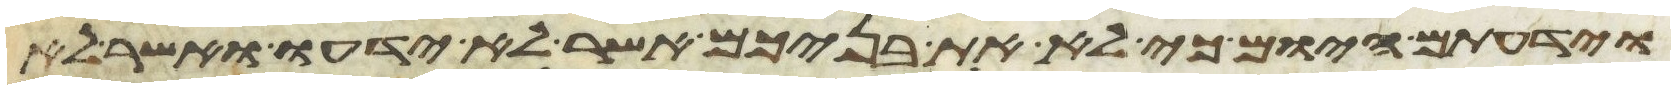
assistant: וידעתם היום כי לא את בניכם אשר לא ידעו ואשר לא